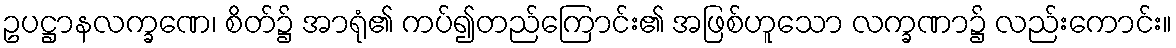
ဥပဋ္ဌာနလက္ခဏေ၊ စိတ်၌ အာရုံ၏ ကပ်၍တည်ကြောင်း၏ အဖြစ်ဟူသော လက္ခဏာ၌ လည်းကောင်း။